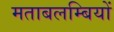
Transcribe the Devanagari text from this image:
मताबलम्बियों